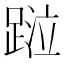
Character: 𨂖